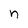
Character: n